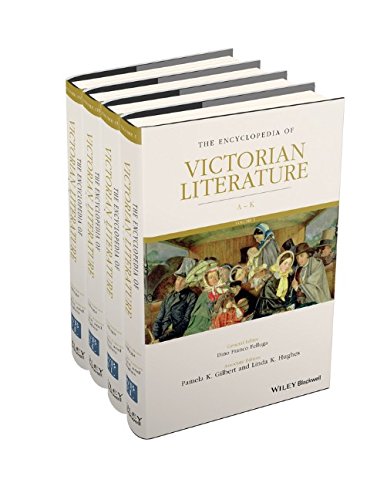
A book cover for The Encyclopedia of Victorian Literature, 4 Volume Set; Reference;